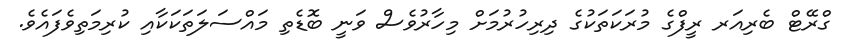
ގްރޭޓް ބެރިއަރ ރީފްގެ މުރަކަތަކުގެ ދިރިހުރުމަށް މިހާރުވެސް ވަނީ ބޮޑެތި މައްސަލަތަކަކާއި ކުރިމަތިވެފައެވެ.